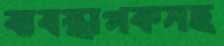
ব্যবস্থাপকসহ